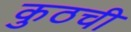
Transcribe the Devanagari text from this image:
कुठची